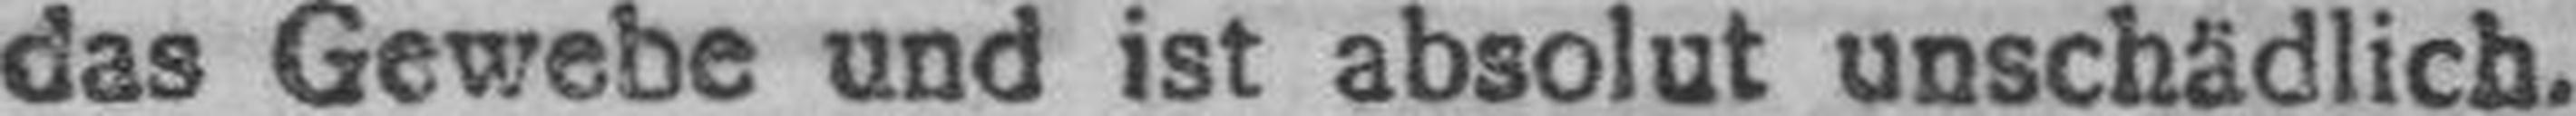
das Gewebe und ist absolut unschädlich.